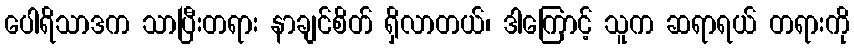
ပေါရိသာဒက သာပြီးတရား နာချင်စိတ် ရှိလာတယ်၊ ဒါကြောင့် သူက ဆရာရယ် တရားကို